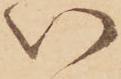
い